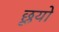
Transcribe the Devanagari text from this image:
छूयो